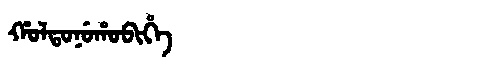
Manchu: ᡥᠣᠯᡨᠣᠨᡠᡥᠣᠪᡳᡥᡝ
Romanization: HOLTONUHOBIHE